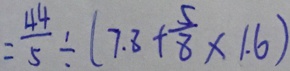
= \frac { 4 4 } { 5 } \div ( 7 . 8 + \frac { 5 } { 8 } \times 1 . 6 )